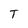
Character: T